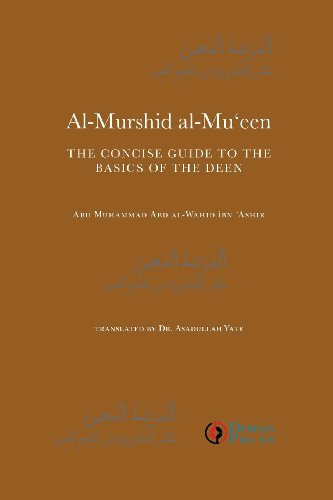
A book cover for Al-Murshid Al-Mu'een; Religion & Spirituality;